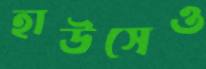
হাউসেও